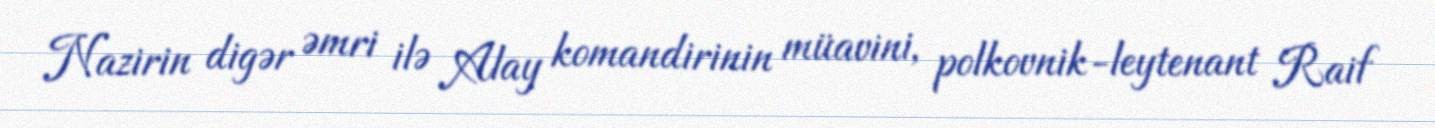
Nazirin digər əmri ilə Alay komandirinin müavini, polkovnik-leytenant Raif